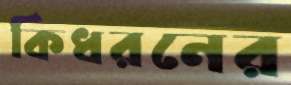
কিধরনের